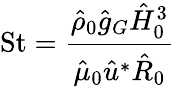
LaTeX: \mathrm{St}=\frac{\hat{\rho}_{0}\hat{g}_{G}\hat{H}_{0}^{3}}{\hat{\mu}_{0}\hat{u}^{*}\hat{R}_{0}}